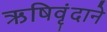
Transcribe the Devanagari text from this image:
ऋषिवृंदाने